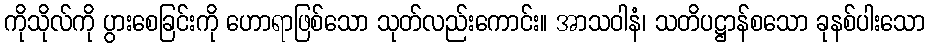
ကိုသိုလ်ကို ပွားစေခြင်းကို ဟောရာဖြစ်သော သုတ်လည်းကောင်း။ အာသဝါနံ၊ သတိပဋ္ဌာန်စသော ခုနစ်ပါးသော